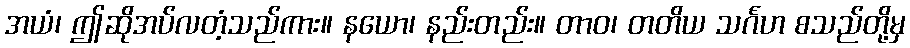
အယံ၊ ဤဆိုအပ်လတံ့သည်ကား။ နယော၊ နည်းတည်း။ တာဝ၊ တတိယ သင်္ဂဟ စသည်တို့မှ